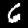
Label: 6